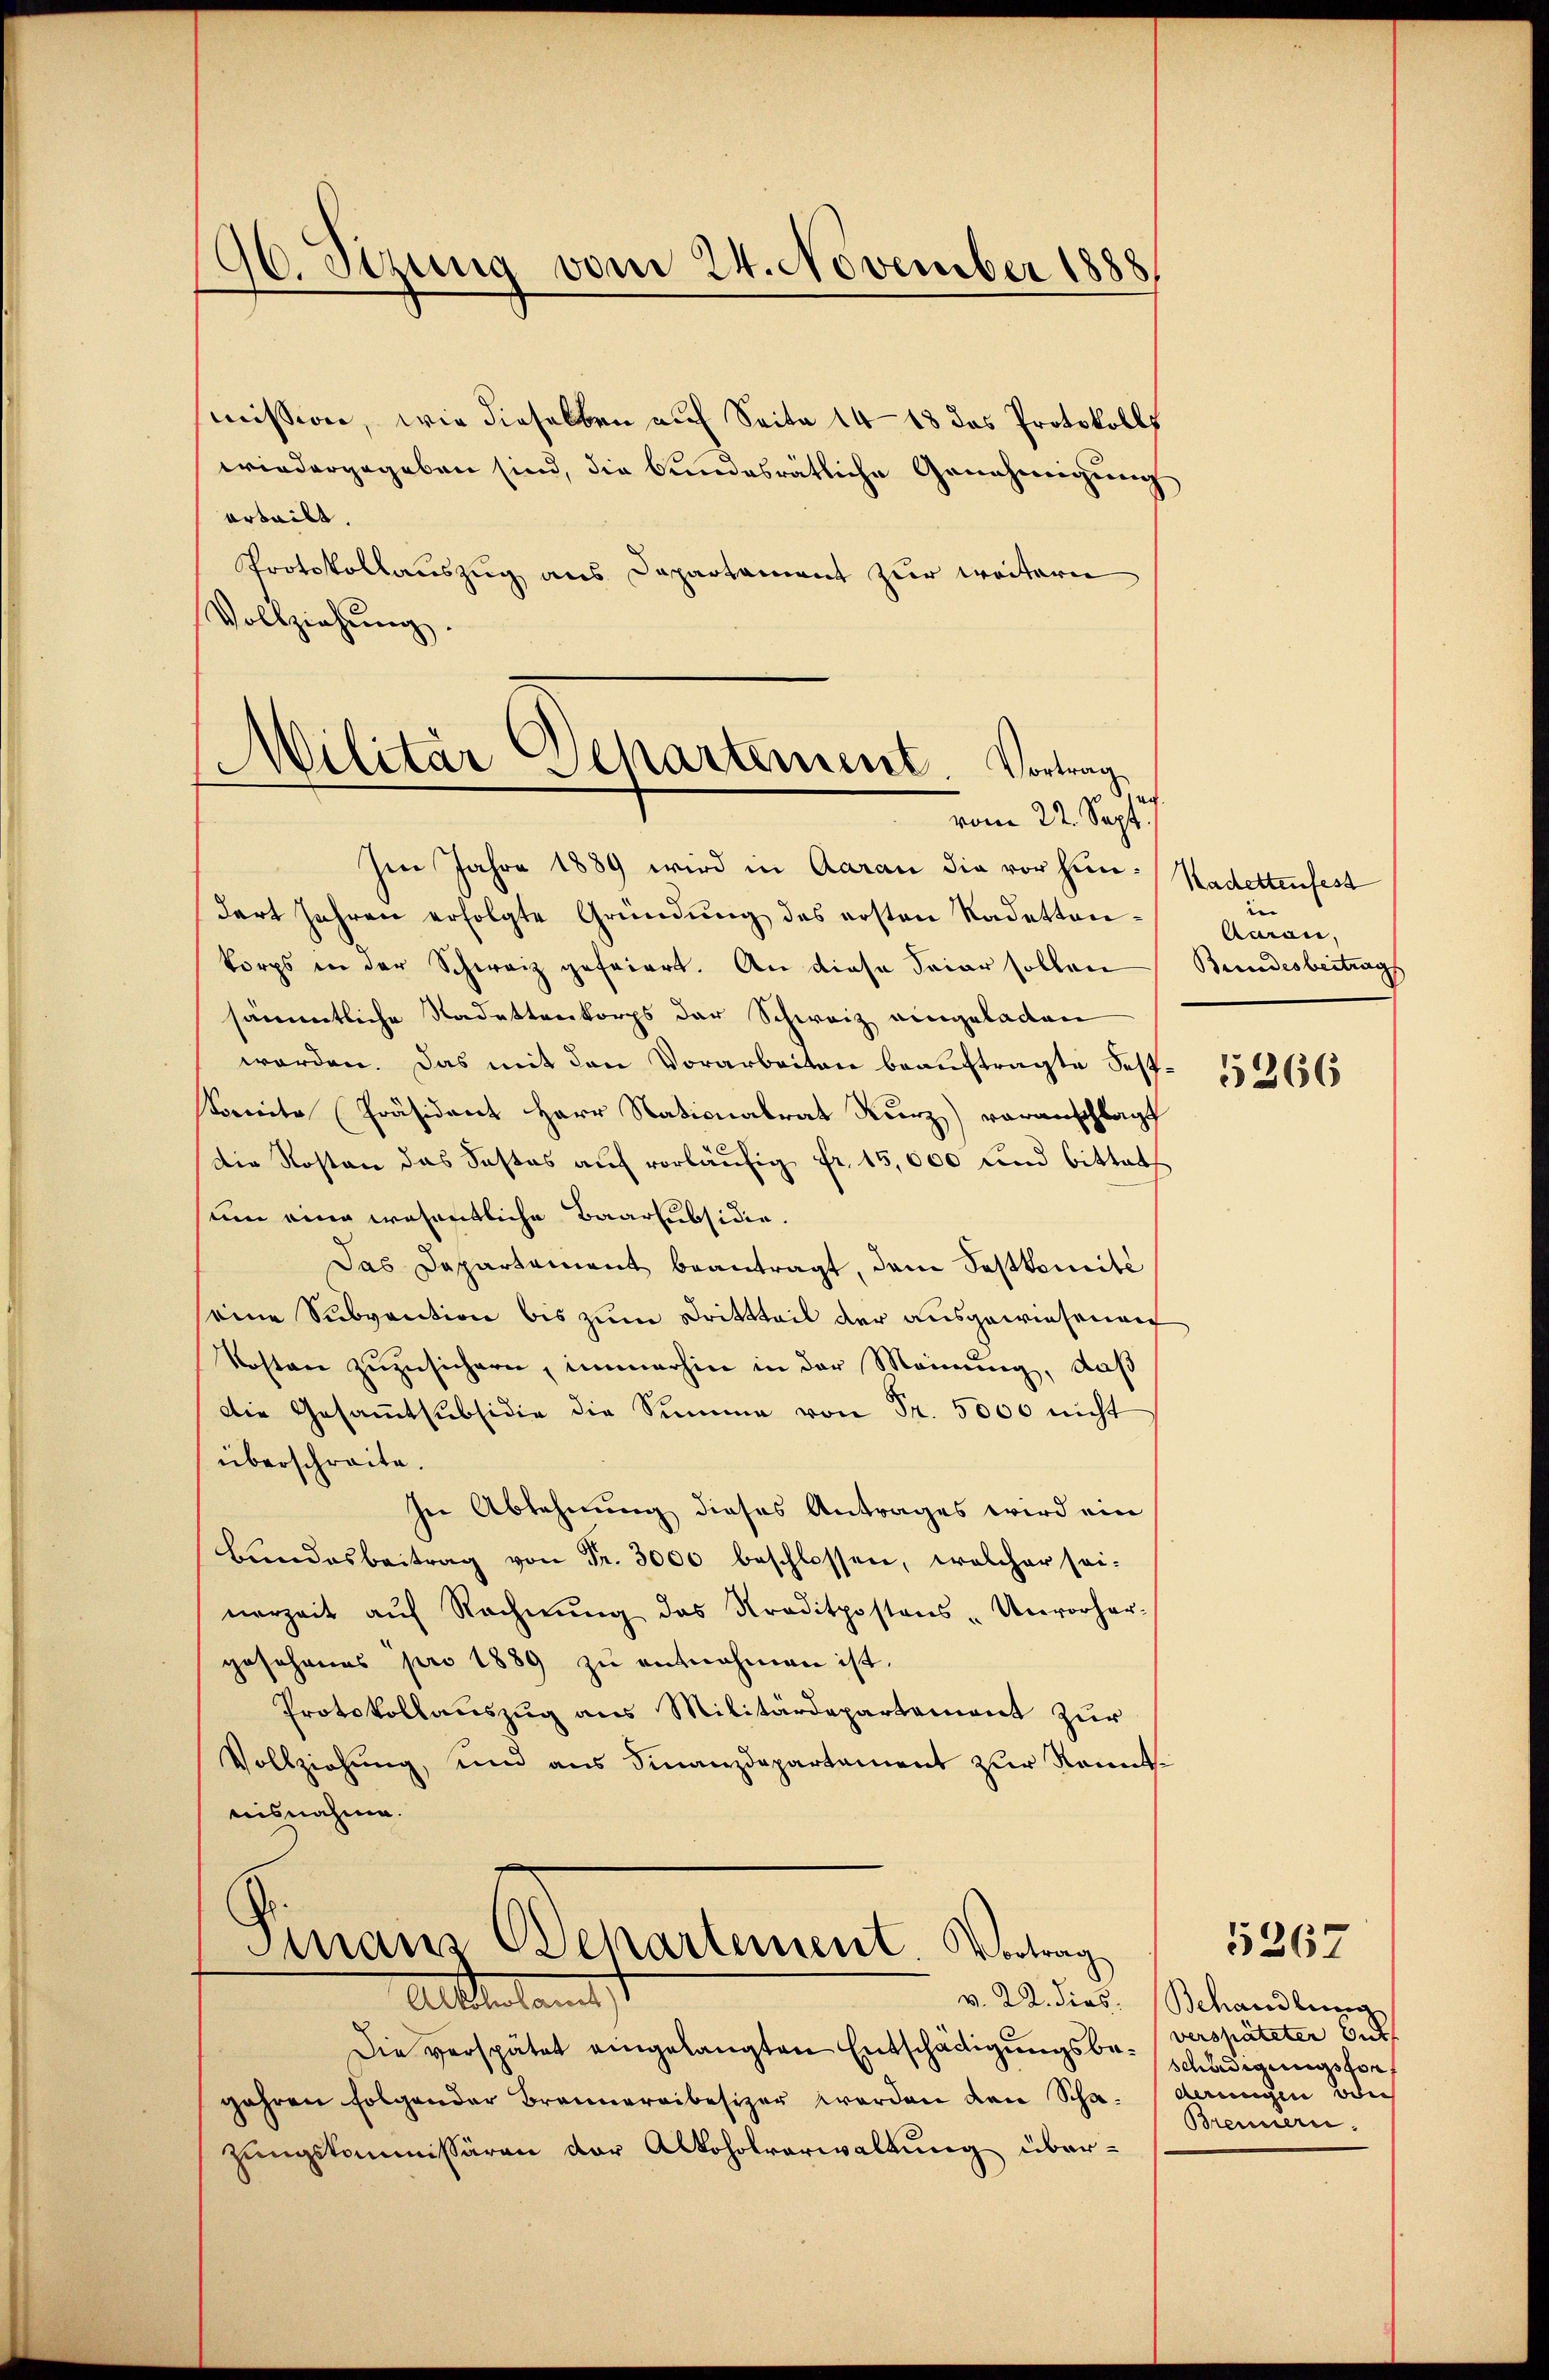
96. Sizung vom 24. November 1888

mission, wie dieselben auf Seite 14 - 18 das Protokolls
wiedergegeben sind, die bundesrätliche Genehmigung
arteilt.
Protokollauszug aus Departament zur weitern
Vollziehung.
¬
Dilitär Departement Vortrag

vom 22. Sept.

Im Jahre 1889 wird in Aarau die vor hin-Kadettenfest
dart Jahren erfolgte Gründŭng des ersten Kadettankorps in der Schweiz gefeiert. An diese Feier sollen Bundesbeitrags
sämmtliche Nadettenkorps der Schweiz eingeladen
worden. Das mit den Vorarbeiten beauftragte Sest¬
Sonnte Präsident Herr Nationalrat Kurz) voranschlagt
Die Kosten das Fastes auf vorläŭfig fr. 15,000 und bittet
um eine wesentliche Baarsubsidie.
Das Departement beantragt, dem Festkomite
seine Subvention bis zum Drittteil der ausgewiesenen
Kosten zuzusichern, immerhin in der Meinung, daß
Die Gesammtsubsidie die Summe von Fr. 5000 nicht
überschreite.
In Ablehnung dieses Antrages wird ein
Bŭndesbeitrag von Fr. 3000 beschlossen, welcher sei-
nerzeit aŭf Rechnŭng das Kraditpostons-Unvorher-
gosohanes pro 1889 zu entnehmen ist.
Protokollauszug aus Militärdepartement zur
Vollziehung, und aus Finanzdepartament zur Romenisnahme.
Finanz Departement. Vortrag

v. 22. dies
Alteramt

Die verspätet eingelangten Entschädigungsbe- (verspäteter bet
jahren folgender Brannereibesizer werden den Schazungskommissären der Alkoholverwaltung über¬

Acran,

5266

Bchandlung
schädigungsson
deungen oder
Brennern.

5267